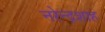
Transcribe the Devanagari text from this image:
नरेन्द्रशाह